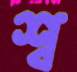
শ্ব